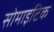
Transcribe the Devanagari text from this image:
सोमाइटिक